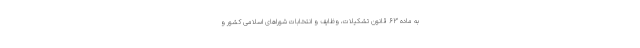
به ماده ۶۳ قانون تشکیلات، وظایف و انتخابات شوراهای اسلامی کشور و